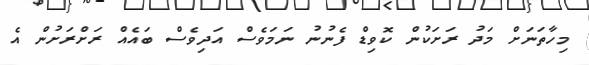
މިހާތަނަށް މަދު ރަށަކުން ކޮވިޑް ފެނުނު ނަމަވެސް އަދިވެސް ބައެއް ރަށްރަށުން އެ